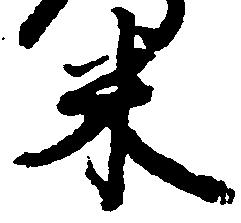
米